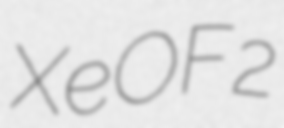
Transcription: XeOF2